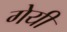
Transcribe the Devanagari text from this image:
गेयी